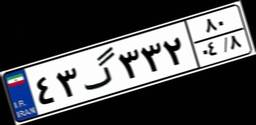
۴۳گ۳۳۲۸۰